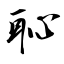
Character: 恥